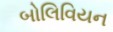
બોલિવિયન